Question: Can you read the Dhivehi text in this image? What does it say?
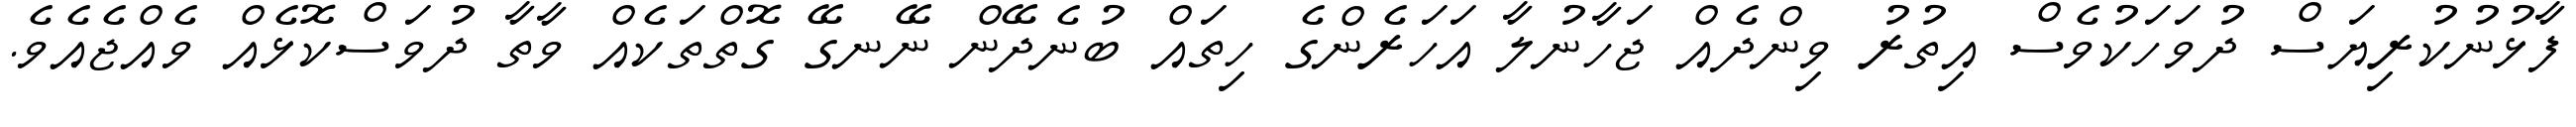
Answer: ފާޅުނުކުރިޔަސް ދުވަހަކުވެސް އިތުރު ވިންދެއް ޖަހާނުލާ އަހަރެންގެ ހިތައް ބުނެދޭން ނޭނގޭ ގޮތްތަކެއް ވާތާ ދުވަސްކޮޅެއް ވެއްޖެއެވެ.